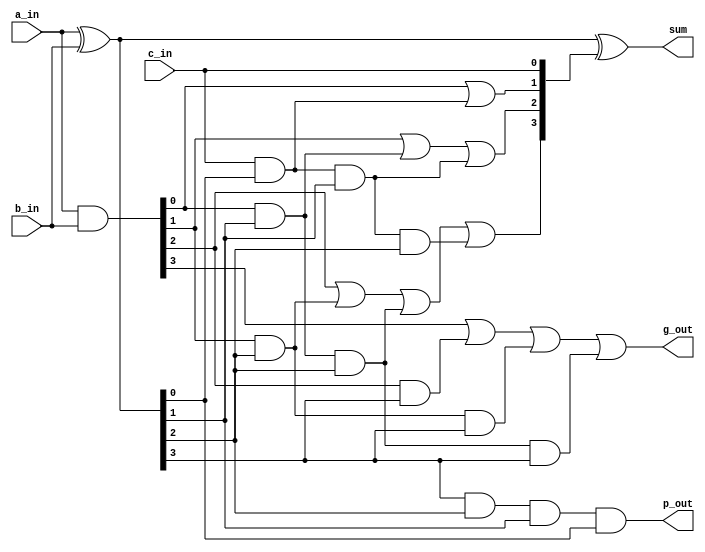
module CLA4(sum,                                                       
             g_out,                                                     
             p_out,                                                     
             a_in,                                                      
             b_in,                                                      
             c_in                                                       
             ) ;                                                        
 parameter CLA_WIDTH = 4 ;                                              
 parameter CLA_ZERO = 4'd0 ;                                            
 parameter C_1 = 0 ;                                                    
 parameter C_2 = 1 ;                                                    
 parameter C_3 = 2 ;                                                    
                                                                        
 output[CLA_WIDTH-1:0] sum ;                                            
 output                g_out ;                                          
 output                p_out ;                                          
                                                                        
 input [CLA_WIDTH-1:0] a_in ;                                           
 input [CLA_WIDTH-1:0] b_in ;                                           
 input                 c_in ;                                           
 // input                 rst_n ;                                       
 // input                 clk ;                                         
                                                                        
 wire  [CLA_WIDTH-1:0] g_wire ;                                         
 wire  [CLA_WIDTH-1:0] p_wire ;                                         
 wire  [CLA_WIDTH-2:0] c_wire ;                                         
 // wire  [CLA_WIDTH-1:0] sum_wire ;                                    
                                                                        
 // reg[CLA_WIDTH-1:0] sum ;                                            
                                                                        
                                                                        
  //generate g                                                          
  assign g_wire = a_in & b_in ;                                         
  //propagate p                                                         
  assign p_wire = a_in ^ b_in ;                                         
                                                                        
  //carry lookahead carry generator                                     
  assign c_wire[C_1] = g_wire[0]|                                       
                       (c_in&p_wire[0]) ;                               
  assign c_wire[C_2] = g_wire[1]|                                       
                       (g_wire[0]&p_wire[1])|                           
                       (c_in&p_wire[0]&p_wire[1]) ;                     
  assign c_wire[C_3] = g_wire[2]|                                       
                       (g_wire[1]&p_wire[2])|                           
                       (g_wire[0]&p_wire[1]&p_wire[2])|                 
                       (c_in&p_wire[0]&p_wire[1]&p_wire[2]) ;           
                                                                        
  //SUM                                                                 
  assign sum = a_in^b_in^{c_wire, c_in} ;                               
                                                                        
  //                                                                    
  assign g_out = g_wire[3]|                                             
                 (g_wire[2]&p_wire[3])|                                 
                 (g_wire[1]&p_wire[2]&p_wire[3])|                       
                 (g_wire[0]&p_wire[1]&p_wire[2]&p_wire[3]) ;            
  assign p_out = p_wire[3]&p_wire[2]&p_wire[1]&p_wire[0] ;              
                                                                        
                                                                        
 endmodule